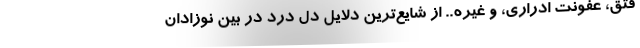
فتق، عفونت ادراری، و غیره.. از شایع‌ترین دلایل دل درد در بین نوزادان